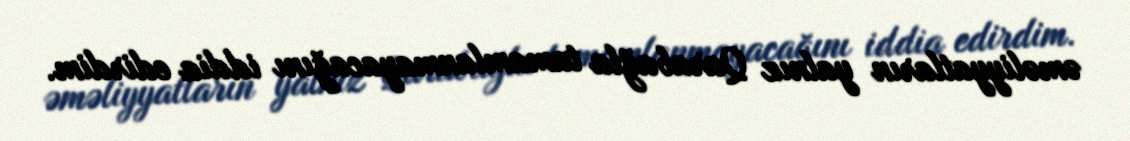
əməliyyatların yalnız Qarabağla tamamlanmayacağını iddia edirdim.